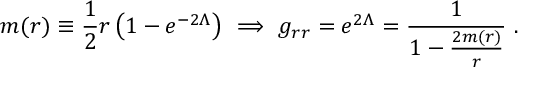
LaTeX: m ( r ) \equiv \frac { 1 } { 2 } r \left( 1 - e ^ { - 2 \Lambda } \right) \ \Longrightarrow \ g _ { r r } = e ^ { 2 \Lambda } = \frac { 1 } { 1 - \frac { 2 m ( r ) } { r } } \ .